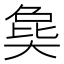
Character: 㚟